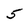
Character: 5